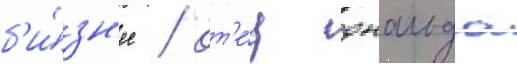
б'и́зн'ес / от'е́ц дональда